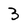
Character: 3